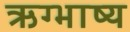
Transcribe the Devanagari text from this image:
ऋग्भाष्य